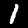
Digit: 1